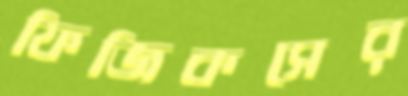
ফিজিকসের